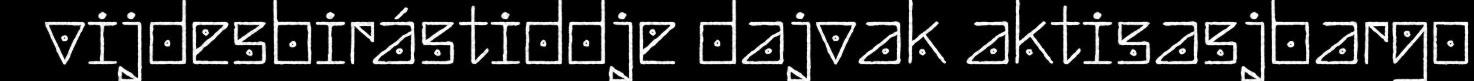
vijdesbirástiddje dajvak aktisasjbargo